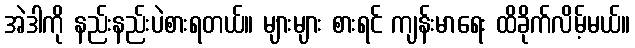
အဲဒါကို နည်းနည်းပဲစားရတယ်။ များများ စားရင် ကျန်းမာရေး ထိခိုက်လိမ့်မယ်။